Leaving Certificate Examination, 1923
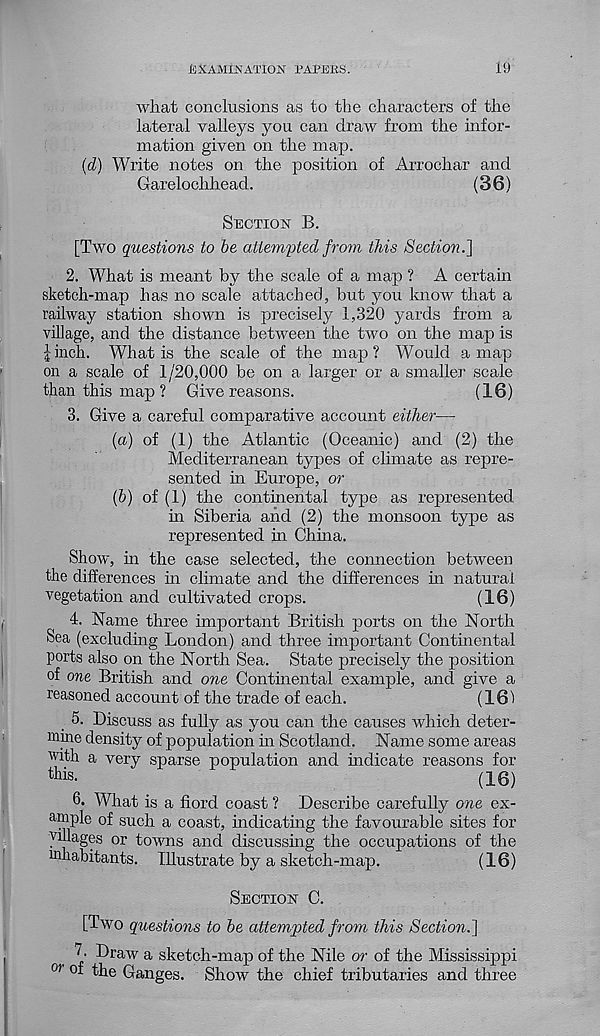
EXAMiNATIOJSr I’AX’EES.
id
what conclusions as to the characters of the
lateral valleys you can draw from the infor-
mation given on the map.
(YJ) Write notes on the position of Arrochar and
Garelochhead.
(36)
SECTION B.
[Two questions to be attempted from this Section.']
2. What is meant by the scale of a map ? A certain
sketch-map has no scale attached, but you know that a
railway station shown is precisely 1,320 yards from a
village, and the distance between the two on the map is
I inch. What is the scale of the map? Would a map
on a scale of 1/20,000 be on a larger or a smaller scale
than this map ? Give reasons.
(16)
3. Give a careful comparative account either—
(a) of (1) the Atlantic (Oceanic) and (2) the
Mediterranean types of climate as repre-
sented in Europe, or
(b) of (1) the continental type as represented
in Siberia and (2) the monsoon type as
represented in China.
Show, in the case selected, the connection between
the differences in climate and the differences in natural
vegetation and cultivated crops.
(16)
4. Name three important British ports on the North
Sea (excluding London) and three important Continental
ports also on the North Sea. State precisely the position
of one British and one Continental example, and give a
reasoned account of the trade of each.
(161
5. Discuss as fully as you can the causes which deter-
inme density of population in Scotland. Name some areas
with a very sparse population and indicate reasons for
this.
( 16)
6. What is a fiord coast ? Describe carefully one ex-
ample of such a coast, indicating the favourable sites for
villages or towns and discussing the occupations of the
^habitants. Illustrate by a sketch-map.
(16)
SECTION C.
[Two questions to be attempted from this Section.]
1 • Draw a sketch-map of the Nile or of the Mississippi
01 0: i
Ganges. Show the chief tributaries and three